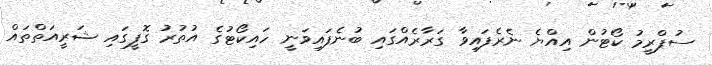
ސުޕްރީމު ކޯޓުން އިއްޔެ ނެރެފައިވާ ގަރާރެއްގައި ބުނެފައިވަނީ ހައިކޯޓުގެ އުތުރު ގޮފީގައި ޝަރީއަތްތައް